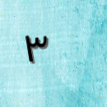
٣